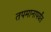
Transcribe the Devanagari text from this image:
तपमानापर्यंत